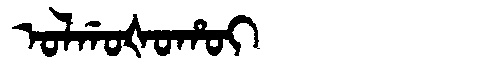
Manchu: ᠣᠯᡤᠣᡧᠣᡥᠣᡳ
Romanization: OLGOŠOHOI